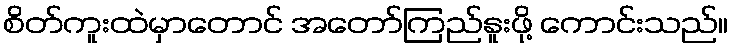
စိတ်ကူးထဲမှာတောင် အတော်ကြည်နူးဖို့ ကောင်းသည်။